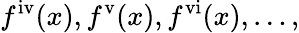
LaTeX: f^{\mathrm{iv}}(x),f^{\mathrm{v}}(x),f^{\mathrm{vi}}(x),\ldots,